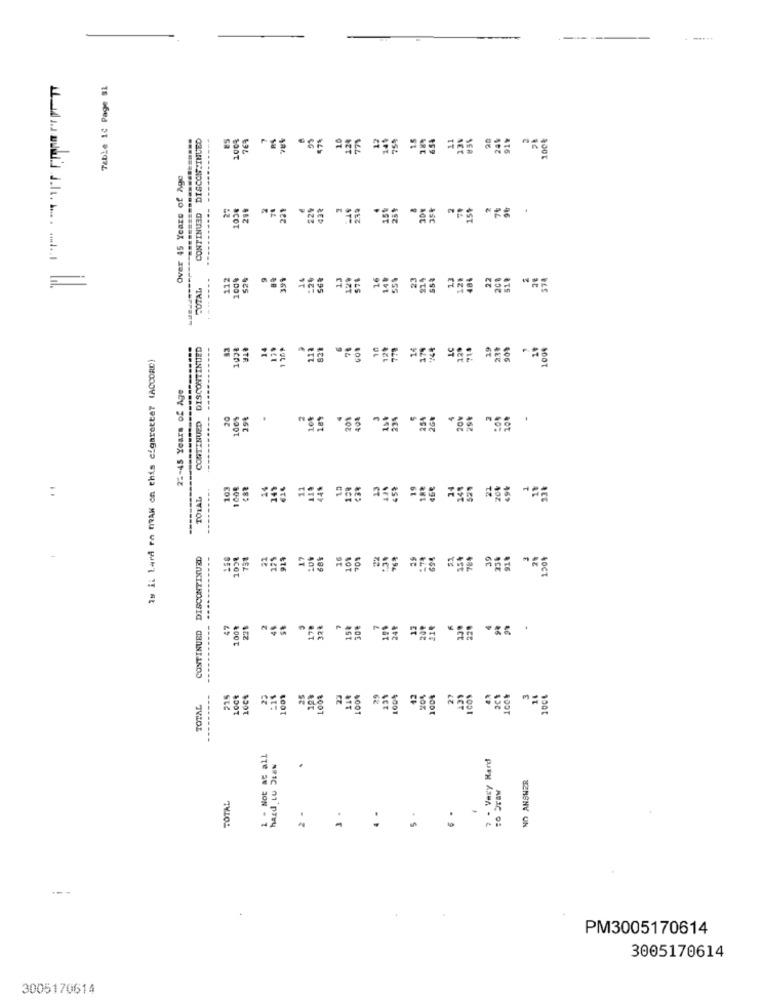
Table 10 Page 91
CONTINUED DISCONTINUED
100%
76%
57%
Over 45 Years of Age
--
.----------
27
105€
221
229
259
112
9
399
14
13
23
214
48%
SOTAL
200
DISCONTINUED
.14
139
82%
70
90%
Is il Lard ra MAN on this cigarette? (ACCORD)
STR
22-45 Years of Age
--.
20
100%
29%
189
20%
40€
23%
254
2GG
20¥
2st
CONTINUED
-------....
..
103
100€
149
11
115
44%
159
19
TOTAL
------
CONTINUED DISCONTINUED
---
1038
738
913
17
68%
36
100
705
1501
----- ...
47
100%
221
2
48
St
178
328
15%
30€
24₽
12
20₽
214
220
215
10Ct
22
1001
25
23
29
42
204
100%
27
ICON
2C+
3
TOTAL
$001
1 - Not at all
7 - Very Hard
NO ANSWER
:o Draw
TOTAL
3.
. .
2 .
PM3005170614
3005170614
3005170614